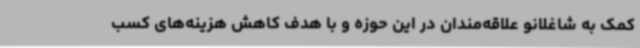
کمک به شاغلانو علاقه‌مندان در این حوزه و با هدف کاهش هزینه‌های کسب